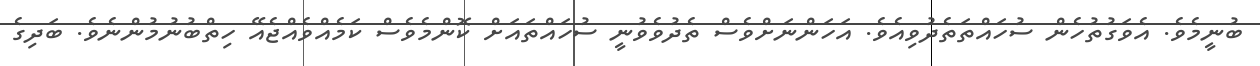
ބުނީމެވެ. އެވަގުތުހެން ސުހައްތަތެދުވިއެވެ. އަހަންނަށްވެސް ތެދުވެވުނީ ސުހައްތައަށް ކޮންމެވެސް ކަމެއްވެއްޖެއޭ ހިތްބުނުމުންނެވެ. ބަދިގެ